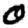
Digit: 0